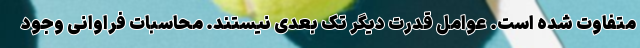
متفاوت شده است. عوامل قدرت دیگر تک بعدی نیستند. محاسبات فراوانی وجود